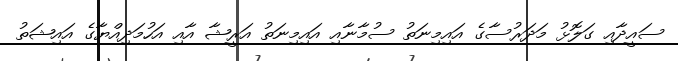
ސައީދާއި ގަލޮޅު މަދަރުސާގެ އައިމިނަތު ސުމާނާއި އައިމިނަތު އަރީޝާ އާއި އަހުމަދިއްޔާގެ އައިޝަތު